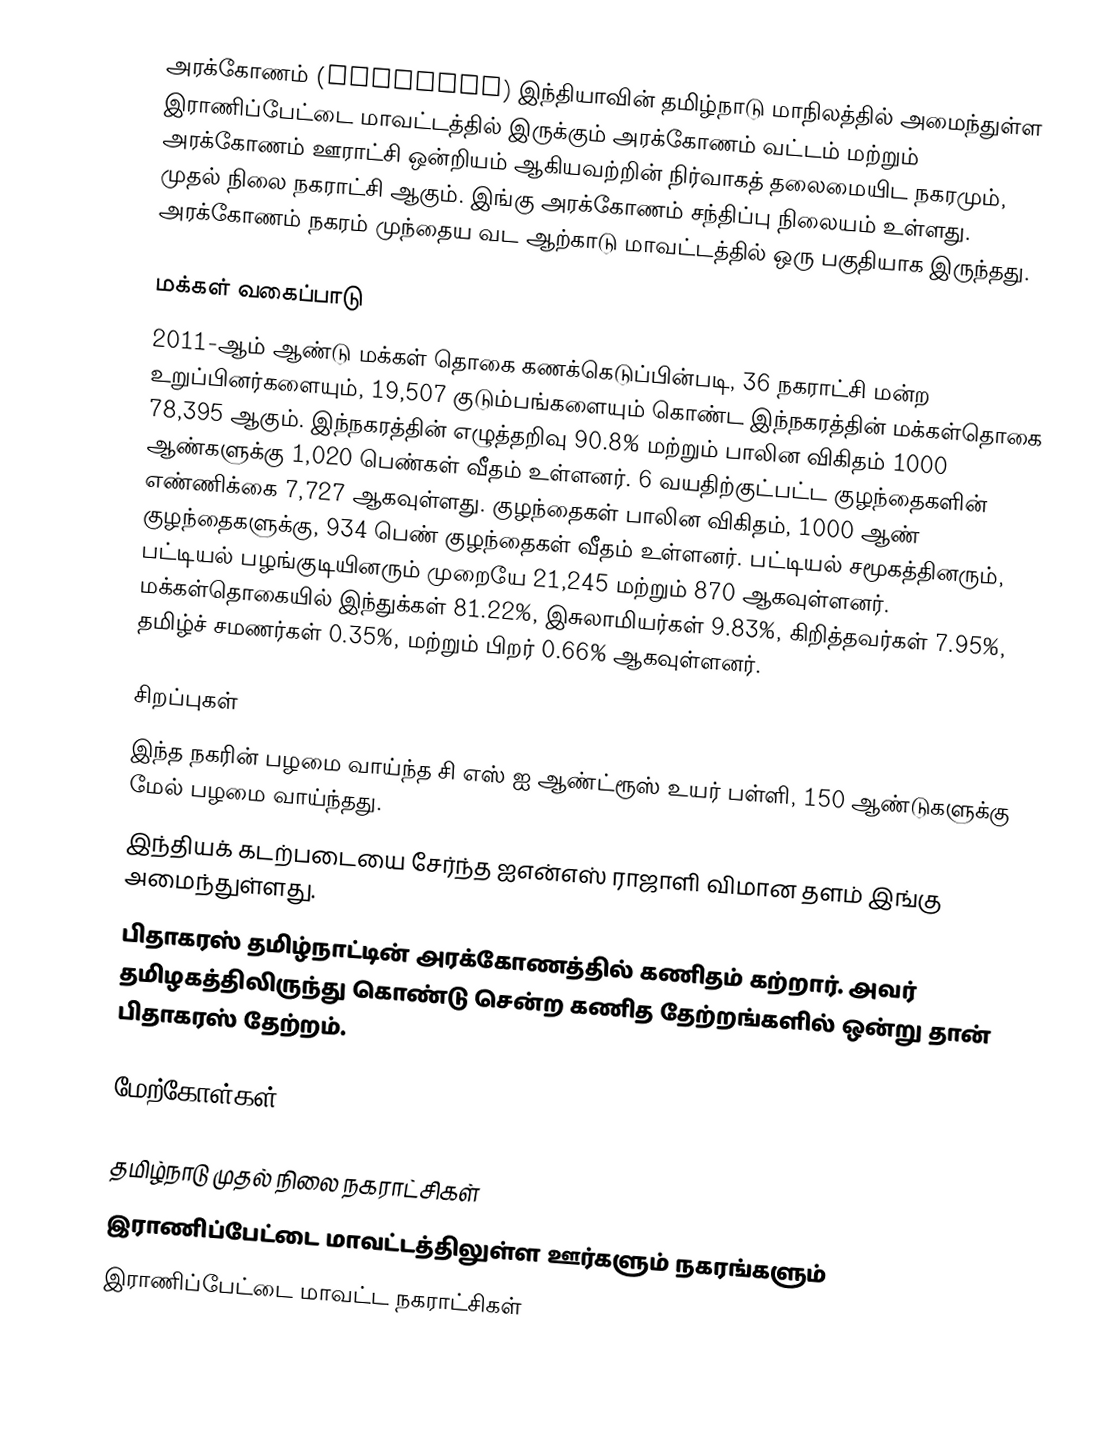
அரக்கோணம் (Arakonam) இந்தியாவின் தமிழ்நாடு மாநிலத்தில் அமைந்துள்ள இராணிப்பேட்டை மாவட்டத்தில் இருக்கும் அரக்கோணம் வட்டம் மற்றும் அரக்கோணம் ஊராட்சி ஒன்றியம் ஆகியவற்றின் நிர்வாகத் தலைமையிட நகரமும், முதல் நிலை நகராட்சி ஆகும். இங்கு அரக்கோணம் சந்திப்பு நிலையம் உள்ளது. அரக்கோணம் நகரம் முந்தைய வட ஆற்காடு மாவட்டத்தில் ஒரு பகுதியாக இருந்தது.

மக்கள் வகைப்பாடு
2011-ஆம் ஆண்டு மக்கள் தொகை கணக்கெடுப்பின்படி, 36 நகராட்சி மன்ற உறுப்பினர்களையும், 19,507 குடும்பங்களையும் கொண்ட இந்நகரத்தின் மக்கள்தொகை 78,395 ஆகும். இந்நகரத்தின் எழுத்தறிவு 90.8% மற்றும் பாலின விகிதம் 1000 ஆண்களுக்கு 1,020 பெண்கள் வீதம் உள்ளனர். 6 வயதிற்குட்பட்ட குழந்தைகளின் எண்ணிக்கை 7,727 ஆகவுள்ளது. குழந்தைகள் பாலின விகிதம், 1000 ஆண் குழந்தைகளுக்கு, 934  பெண் குழந்தைகள் வீதம் உள்ளனர். பட்டியல் சமூகத்தினரும், பட்டியல் பழங்குடியினரும் முறையே 21,245 மற்றும் 870 ஆகவுள்ளனர். மக்கள்தொகையில் இந்துக்கள் 81.22%, இசுலாமியர்கள் 9.83%, கிறித்தவர்கள் 7.95%, தமிழ்ச் சமணர்கள் 0.35%, மற்றும் பிறர் 0.66% ஆகவுள்ளனர்.

சிறப்புகள்
 இந்த நகரின் பழமை வாய்ந்த சி எஸ் ஐ ஆண்ட்ரூஸ் உயர் பள்ளி, 150 ஆண்டுகளுக்கு மேல் பழமை வாய்ந்தது.
 இந்தியக் கடற்படையை சேர்ந்த ஐஎன்எஸ் ராஜாளி விமான தளம் இங்கு அமைந்துள்ளது.
 பிதாகரஸ் தமிழ்நாட்டின் அரக்கோணத்தில் கணிதம் கற்றார். அவர் தமிழகத்திலிருந்து கொண்டு சென்ற கணித தேற்றங்களில் ஒன்று தான் பிதாகரஸ் தேற்றம்.

மேற்கோள்கள்

தமிழ்நாடு முதல் நிலை நகராட்சிகள்
இராணிப்பேட்டை மாவட்டத்திலுள்ள ஊர்களும் நகரங்களும்
இராணிப்பேட்டை மாவட்ட நகராட்சிகள்